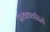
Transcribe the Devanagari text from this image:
प्रत्यक्ष्वादियों